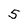
Character: 5